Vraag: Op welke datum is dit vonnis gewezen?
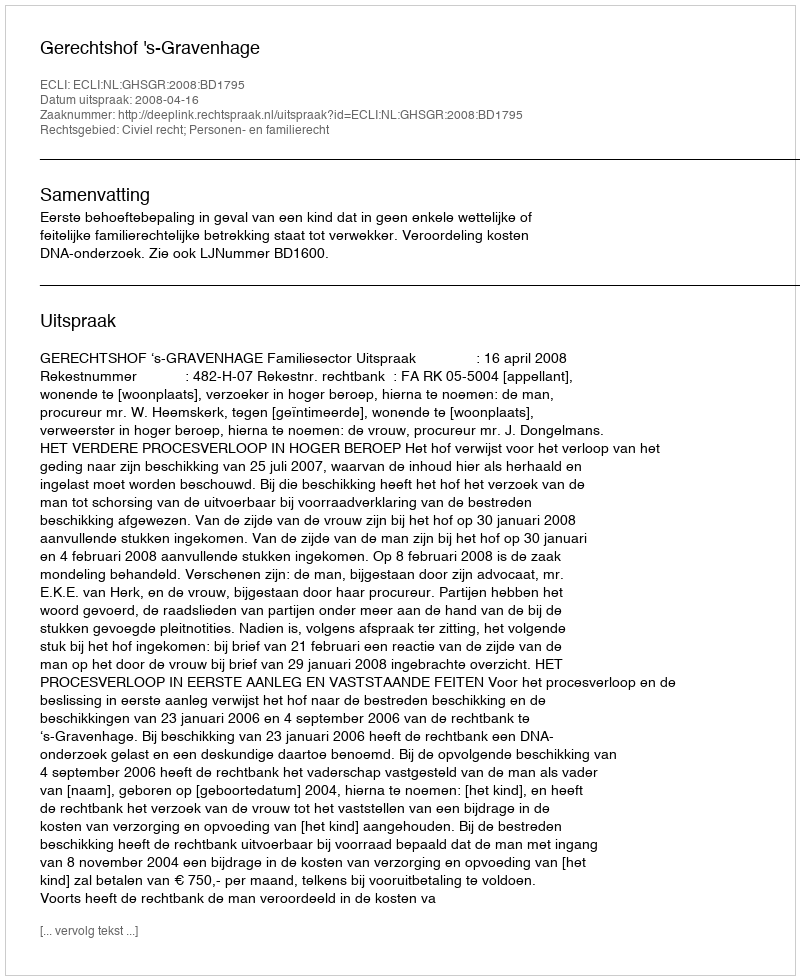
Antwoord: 2008-04-16